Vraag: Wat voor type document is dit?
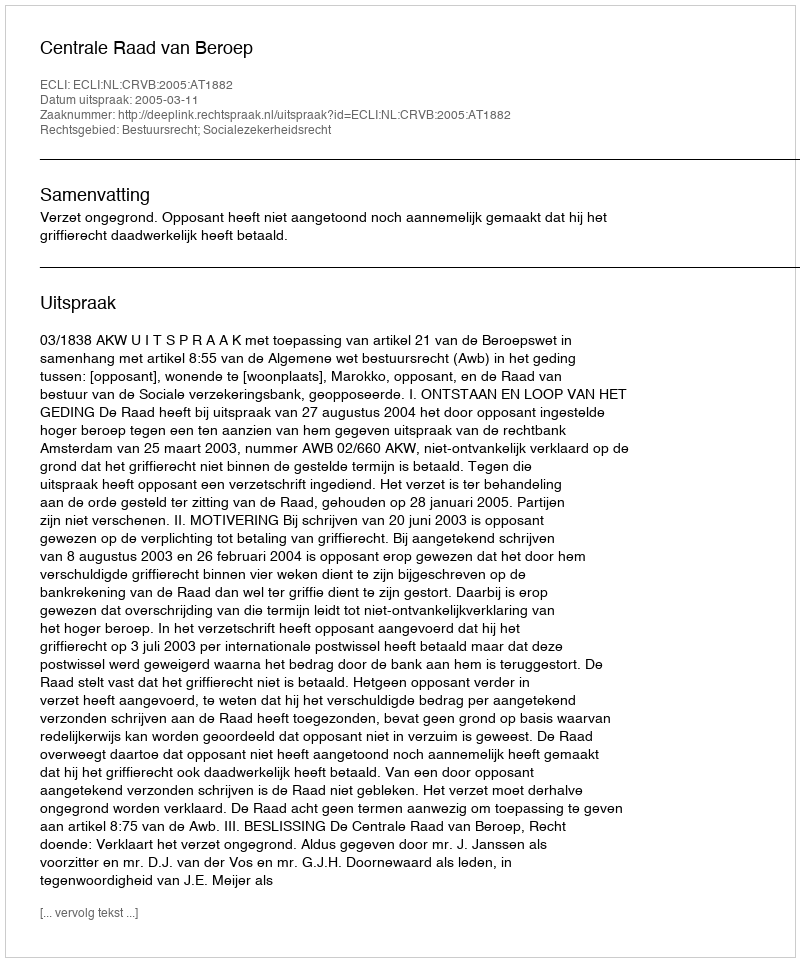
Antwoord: Uitspraak